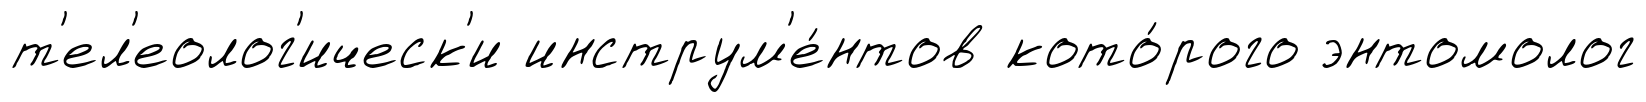
т'ел'еолог'ическ'и инструм'е́нтов кото́рого энтомолог